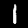
Digit: 1